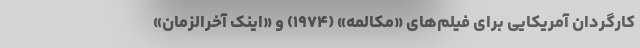
کارگردان آمریکایی برای فیلم‌های «مکالمه» (۱۹۷۴) و «اینک آخرالزمان»